画像に写った文字を読んでください
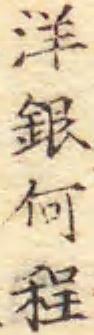
「洋銀何程」と書いてあります